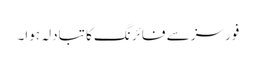
فورسز سے فائرنگ کا تبادلہ ہوا۔